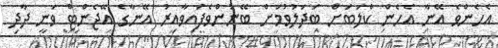
އެހެންވެ އޭނާ އެހެން ކްލަބަށް ބަދަލުވުމަށް ބޭނުންވެފައިވާއިރު އޭނާގެ އޭޖެންޓް ވަނީ ދާދި